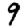
Digit: 9